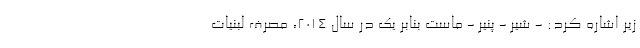
زیر اشاره کرد: - شیر - پنیر - ماست بنابر یک در سال 2014، مصرف لبنیات